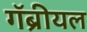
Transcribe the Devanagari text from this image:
गॅब्रीयल